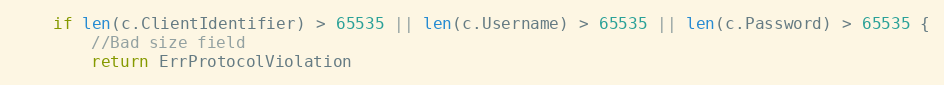
Language: Go
	if len(c.ClientIdentifier) > 65535 || len(c.Username) > 65535 || len(c.Password) > 65535 {
		//Bad size field
		return ErrProtocolViolation